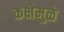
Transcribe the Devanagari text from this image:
कक्षेमुळे